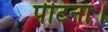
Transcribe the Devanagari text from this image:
पीटना।